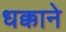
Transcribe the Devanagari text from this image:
धक्काने